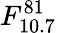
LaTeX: F_{10.7}^{81}